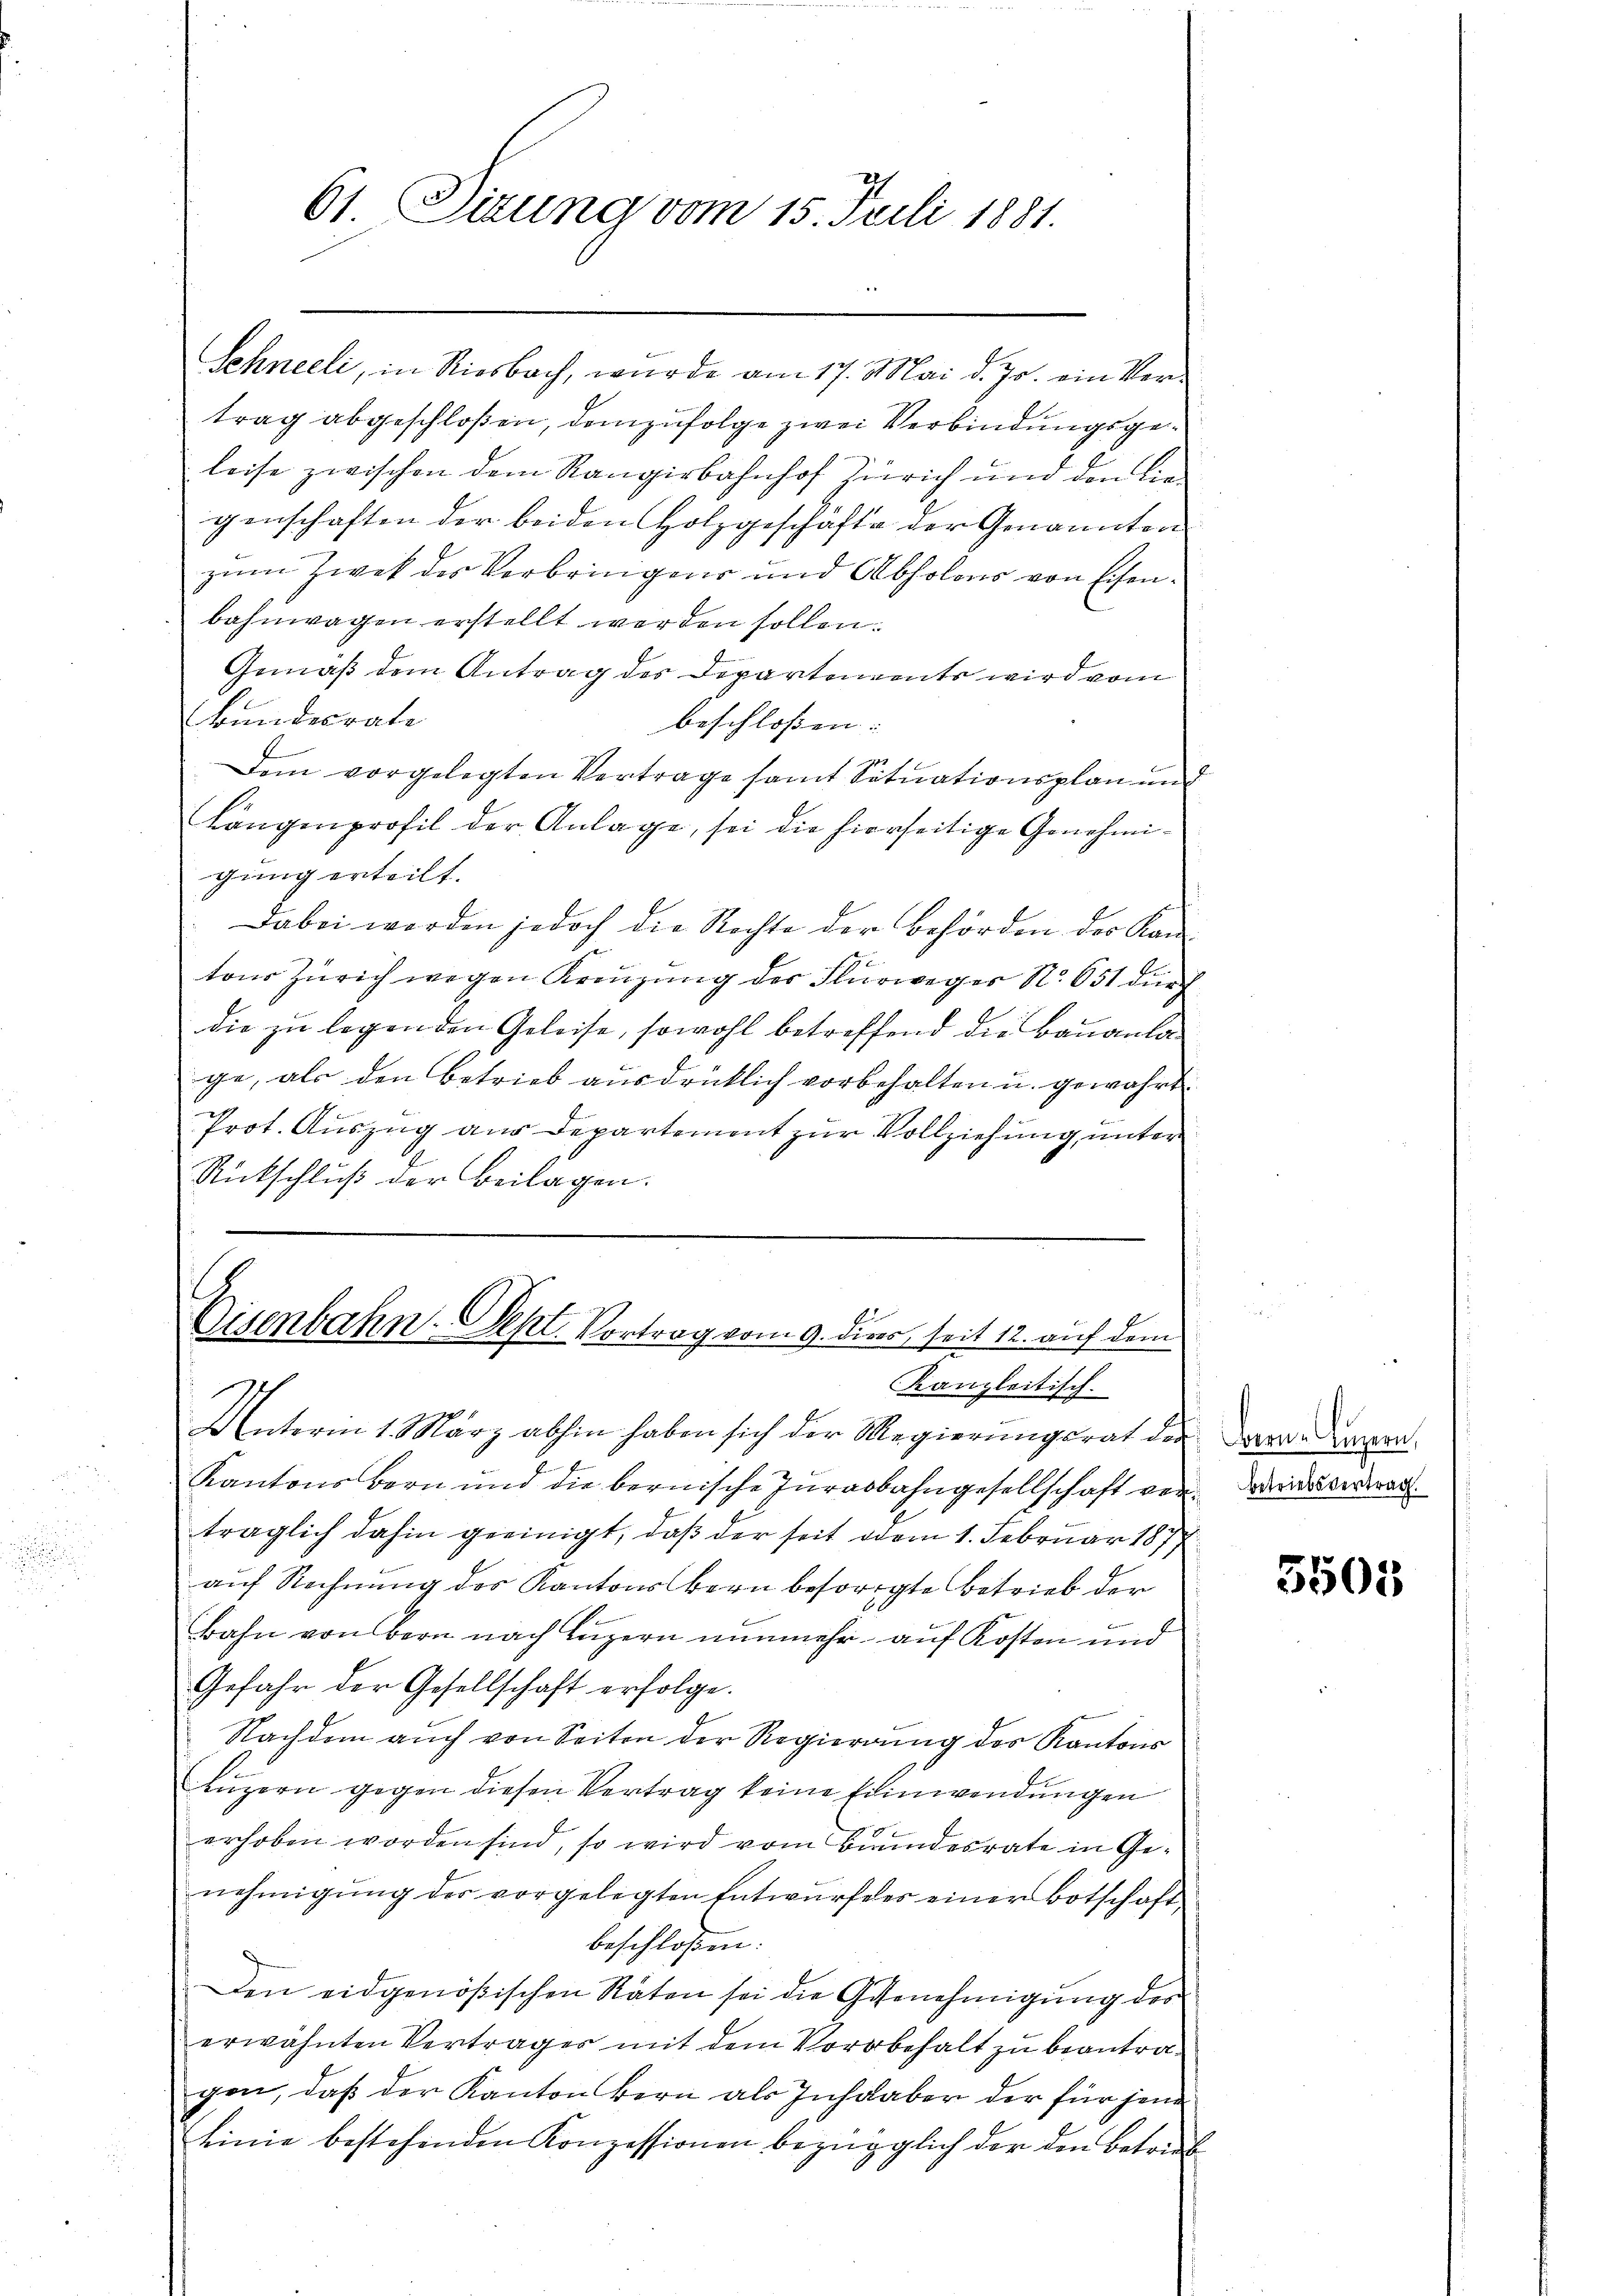
Schneeli, in Riesbach, wurde am 17. Mai d. Js. ein Vertrag abgeschloßen, demzufolge zwei Verbindungsgeleise zwischen dem Rangirbahnhof Zürich und den liegenschaften der beiden Holzgeschäfte der Genannten
zum Zwek des Verbringen und Abholens von Eisenbahnwagen erstellt werden sollen.
Gemäß dem Antrag des Departements wird vom
kundesrate
beschlossen: |
Dem vorgelegten Vertrage samt Situationsplanung
l
tangenprofil der Anlage, sei die hierseitige Genehmigung erteilt.
Dabei werden jedoch die Rechte der Behörden der Kan
tons Zürich wegen Kreuzung des Flurweger N. 651 durch
die zu legenden Geleise, sowohl betreffend die Bauanlage, als den Betrieb ausdrücklich vorbehalten u. gewährt.
Prot. Auszug aus Departement zur Vollziehung unter
Rückschluß der Beilagen.

61 Sitzung vom 15. Juli 1881.

Unterm 1. März abhin haben sich der Regierungsrat der dem Dinger
Kantons Bern und die bernische Jurabbahngesellschaft von Widerar
träglich dahin geeinigt, daß der seit odem 1. Februar 187
auf Rechnung des Kantons Bern besorgte Betrieb der
Bahn von Bern nach Luzern nunmehr auf Kosten und
Gefahr der Gesellschaft erfolge.
Nachdem auch von Seiten der Regierung des Kantons
Luzern gegen diesen Vertrag keine Einwendungen
erhoben worden sind, so wird vom Bundesrate in Genehmigŭng der vorgelegten Entwŭrfeles einer Botschaft
beschlossen:
Den eidgenößischen Raten sei die Genehmigung des
erwähnten Vertrages mit dem Vorbehalt zu beantragen, daß der Kanton Bern als Inhaber der für jene
linie bestehenden Konzessionen bezüglich der den Betrieb

Bisenbahn-Sept. Vortrag vom 9. dies, seit 12. auf dem
Kanzleitisch.

5505